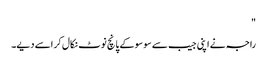
"
راجہ نے اپنی جیب سے سو سو کے پانچ نوٹ نکال کر اسے دیے۔